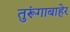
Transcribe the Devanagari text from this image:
तुरूंगाबाहेर